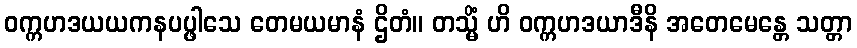
ဝက္ကဟဒယယကနပပ္ဖါသေ တေမယမာနံ ဌိတံ။ တသ္မိံ ဟိ ဝက္ကဟဒယာဒီနိ အတေမေန္တေ သတ္တာ